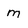
Character: m